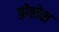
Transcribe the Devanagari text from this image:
प्रोलेस